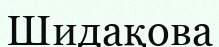
Шидақова